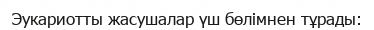
Эукариотты жасушалар үш бөлімнен тұрады: